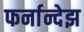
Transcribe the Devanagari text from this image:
फर्नान्देझ